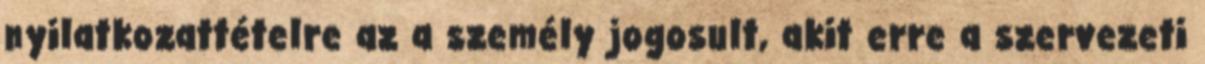
nyilatkozattételre az a személy jogosult, akit erre a szervezeti